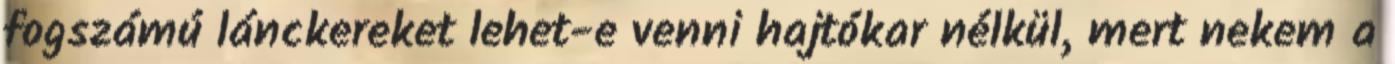
fogszámú lánckereket lehet-e venni hajtókar nélkül, mert nekem a